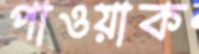
পাওয়াক